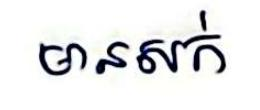
មានលក់